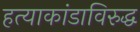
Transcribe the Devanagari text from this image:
हत्याकांडाविरुद्ध